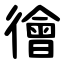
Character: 徻